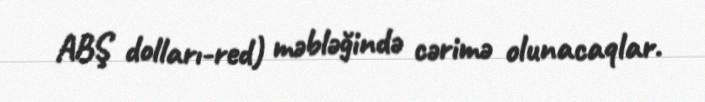
ABŞ dolları-red) məbləğində cərimə olunacaqlar.